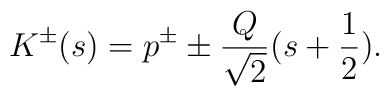
K^{\pm}(s)=p^{\pm} \pm\frac{Q}{\sqrt{2}}(s+\frac{1}{2}).